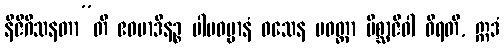
နိဇိဂီသနတာ”တိ ဧဝမာဒီနဉ္စ ပါပဓမ္မာနံ ဝသေန ပဝတ္တာ မိစ္ဆာဇီဝါ ဝိရတိ, ဣဒံ